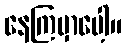
နေကြမှာပေါ့။